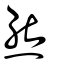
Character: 熊